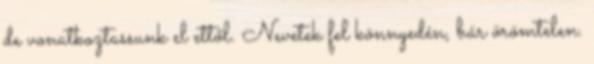
de vonatkoztassunk el ettől. Nevetek fel könnyedén, bár örömtelen.